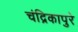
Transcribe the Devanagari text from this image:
चंद्रिकापुरे